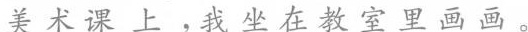
美术课上，我坐在教室里画画。